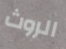
الروث